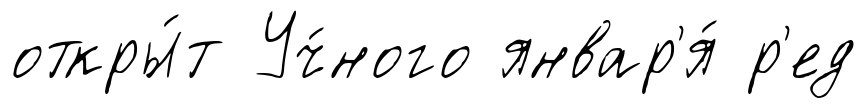
откры́т Уч́ного январ'я́ р'ед